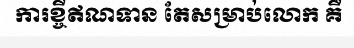
ការខ្ចីឥណទាន តែសម្រាប់លោក គឺ